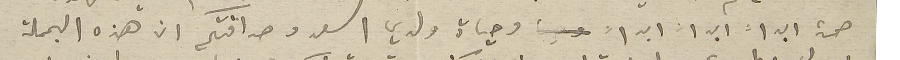
صحة ابداً ابداً ابداً وحياة ولدي اسعد وصداقتكم ان هذه الجملة